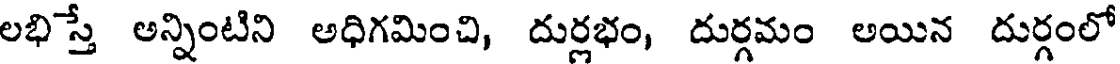
లభిస్తే అన్నింటిని అధిగమించి, దుర్లభం, దుర్గమం అయిన దుర్గంలో